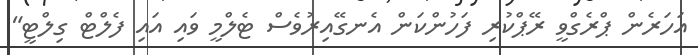
އަހަރެން ޕްރެގްވީ ރޭޕްކުރި ފަހުންކަން އެނގޭއިރުވެސް ޓެލްމީ ވައި އައި ފެލްޓް ގިލްޓީ"